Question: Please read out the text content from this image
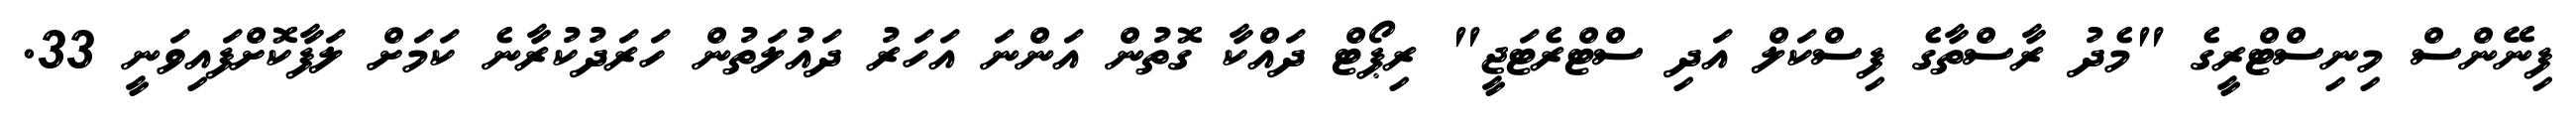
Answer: ފިނޭންސް މިނިސްޓްރީގެ "މެދު ރާސްތާގެ ފިސްކަލް އަދި ސްޓްރެޓަޖީ" ރިޕޯޓް ދައްކާ ގޮތުން އަންނަ އަހަރު ދައުލަތުން ހަރަދުކުރާނެ ކަމަށް ލަފާކޮށްފައިވަނީ 33.